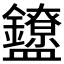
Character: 𬑃